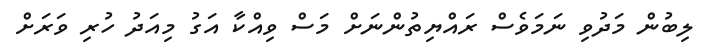
ލިބުން މަދުވި ނަމަވެސް ރައްޔިތުންނަށް މަސް ވިއްކާ އަގު މިއަދު ހުރި ވަރަށް